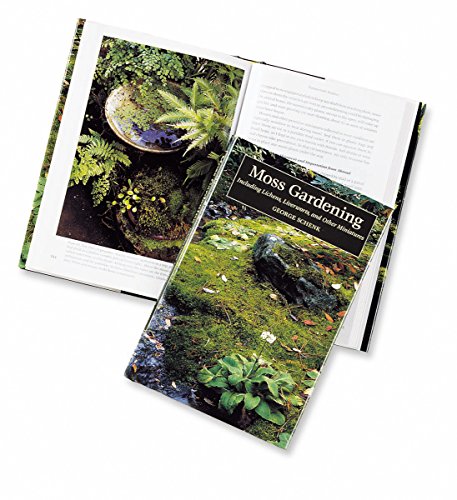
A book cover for Moss Gardening: Including Lichens, Liverworts and Other Miniatures; George H. Schenk; Crafts, Hobbies & Home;